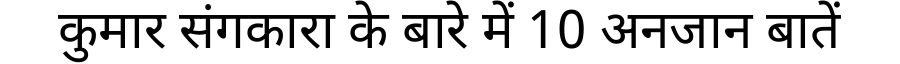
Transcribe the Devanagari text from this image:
कुमार संगकारा के बारे में 10 अनजान बातें